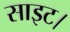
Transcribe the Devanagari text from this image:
साइट।